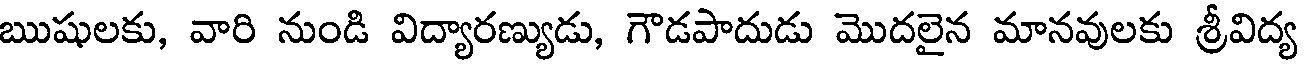
ఋషులకు, వారి నుండి విద్యారణ్యుడు, గౌడపాదుడు మొదలైన మానవులకు శ్రీవిద్య